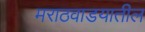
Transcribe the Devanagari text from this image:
मराठवाडयातील